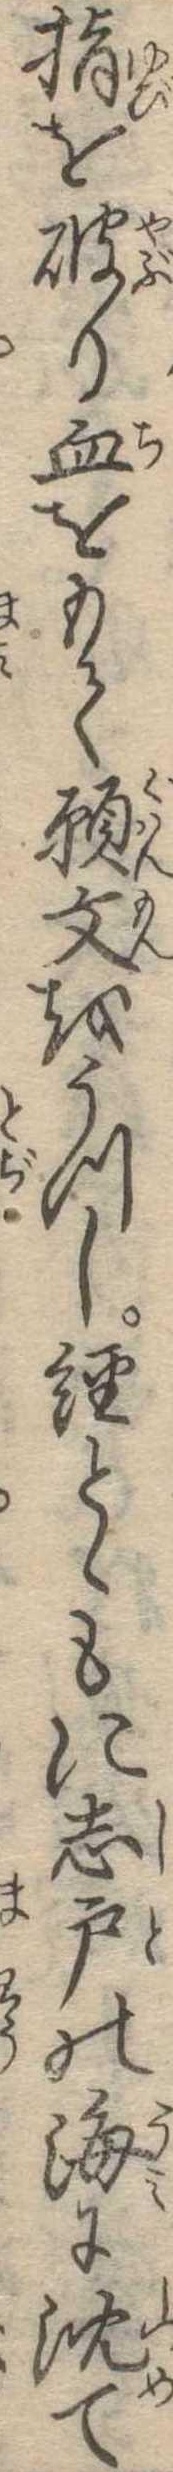
指を破り血をもて願文をうつし経とゝもに志戸の海に沈て